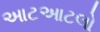
આટઆટલો